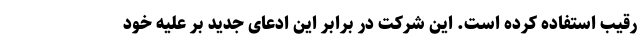
رقیب استفاده کرده است. این شرکت در برابر این ادعای جدید بر علیه خود